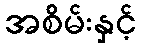
အစိမ်းနှင့်